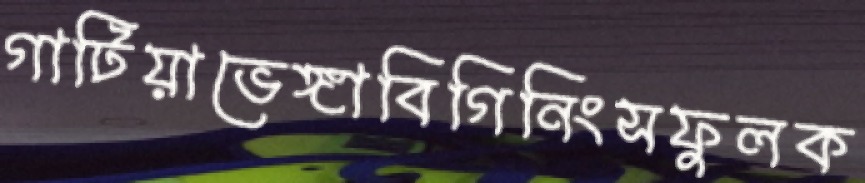
গাটিয়াভেঙ্গাবিগিনিংসফুলক